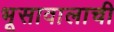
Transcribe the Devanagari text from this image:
भूसावालाची